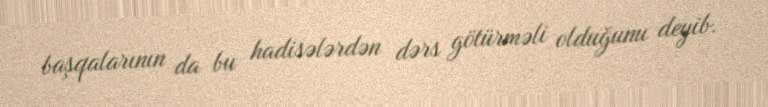
başqalarının da bu hadisələrdən dərs götürməli olduğunu deyib.